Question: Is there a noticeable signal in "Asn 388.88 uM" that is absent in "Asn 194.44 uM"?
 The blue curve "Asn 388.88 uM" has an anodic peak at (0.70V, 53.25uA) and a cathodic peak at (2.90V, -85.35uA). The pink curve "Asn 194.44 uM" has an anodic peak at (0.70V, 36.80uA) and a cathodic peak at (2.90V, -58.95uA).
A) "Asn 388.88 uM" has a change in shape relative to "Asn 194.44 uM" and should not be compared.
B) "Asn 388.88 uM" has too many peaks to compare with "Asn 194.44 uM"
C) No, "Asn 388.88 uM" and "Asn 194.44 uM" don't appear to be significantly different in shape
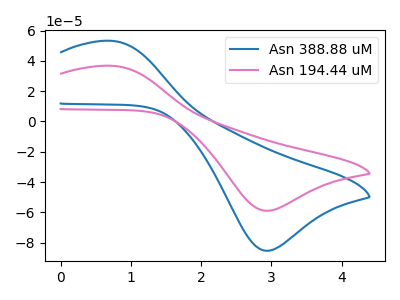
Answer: <think>All the peaks in "Asn 388.88 uM" have a peak in "Asn 194.44 uM" at the same potential. Every peak in "Asn 388.88 uM" is higher than every peak in "Asn 194.44 uM".
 </think>
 <answer>C) No, "Asn 388.88 uM" and "Asn 194.44 uM" don't appear to be significantly different in shape</answer>
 <eval>C</eval>